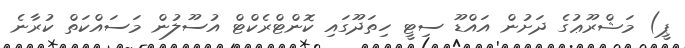
ޕީ) މަޝްރޫޢުގެ ދަށުން އައްޑޫ ސިޓީ ހިތަދޫގައި ކޮންޓްރެކްޓް އުސޫލުން މަސައްކަތް ކުރާނެ